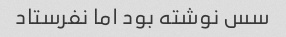
سس نوشته بود اما نفرستاد